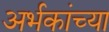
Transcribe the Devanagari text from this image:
अर्भकांच्या